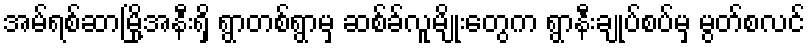
အမ်ရစ်ဆာမြို့အနီးရှိ ရွာတစ်ရွာမှ ဆစ်ခ်လူမျိုးတွေက ရွာနီးချုပ်စပ်မှ မွတ်စလင်